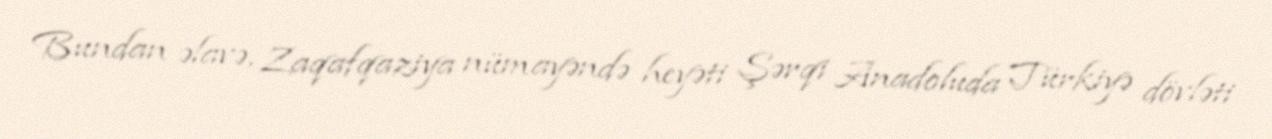
Bundan əlavə, Zaqafqaziya nümayəndə heyəti Şərqi Anadoluda Türkiyə dövləti